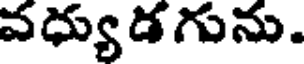
వధ్యుడగును.